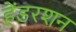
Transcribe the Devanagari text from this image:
हेंडरशन